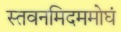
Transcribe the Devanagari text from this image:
स्तवनमिदममोघं